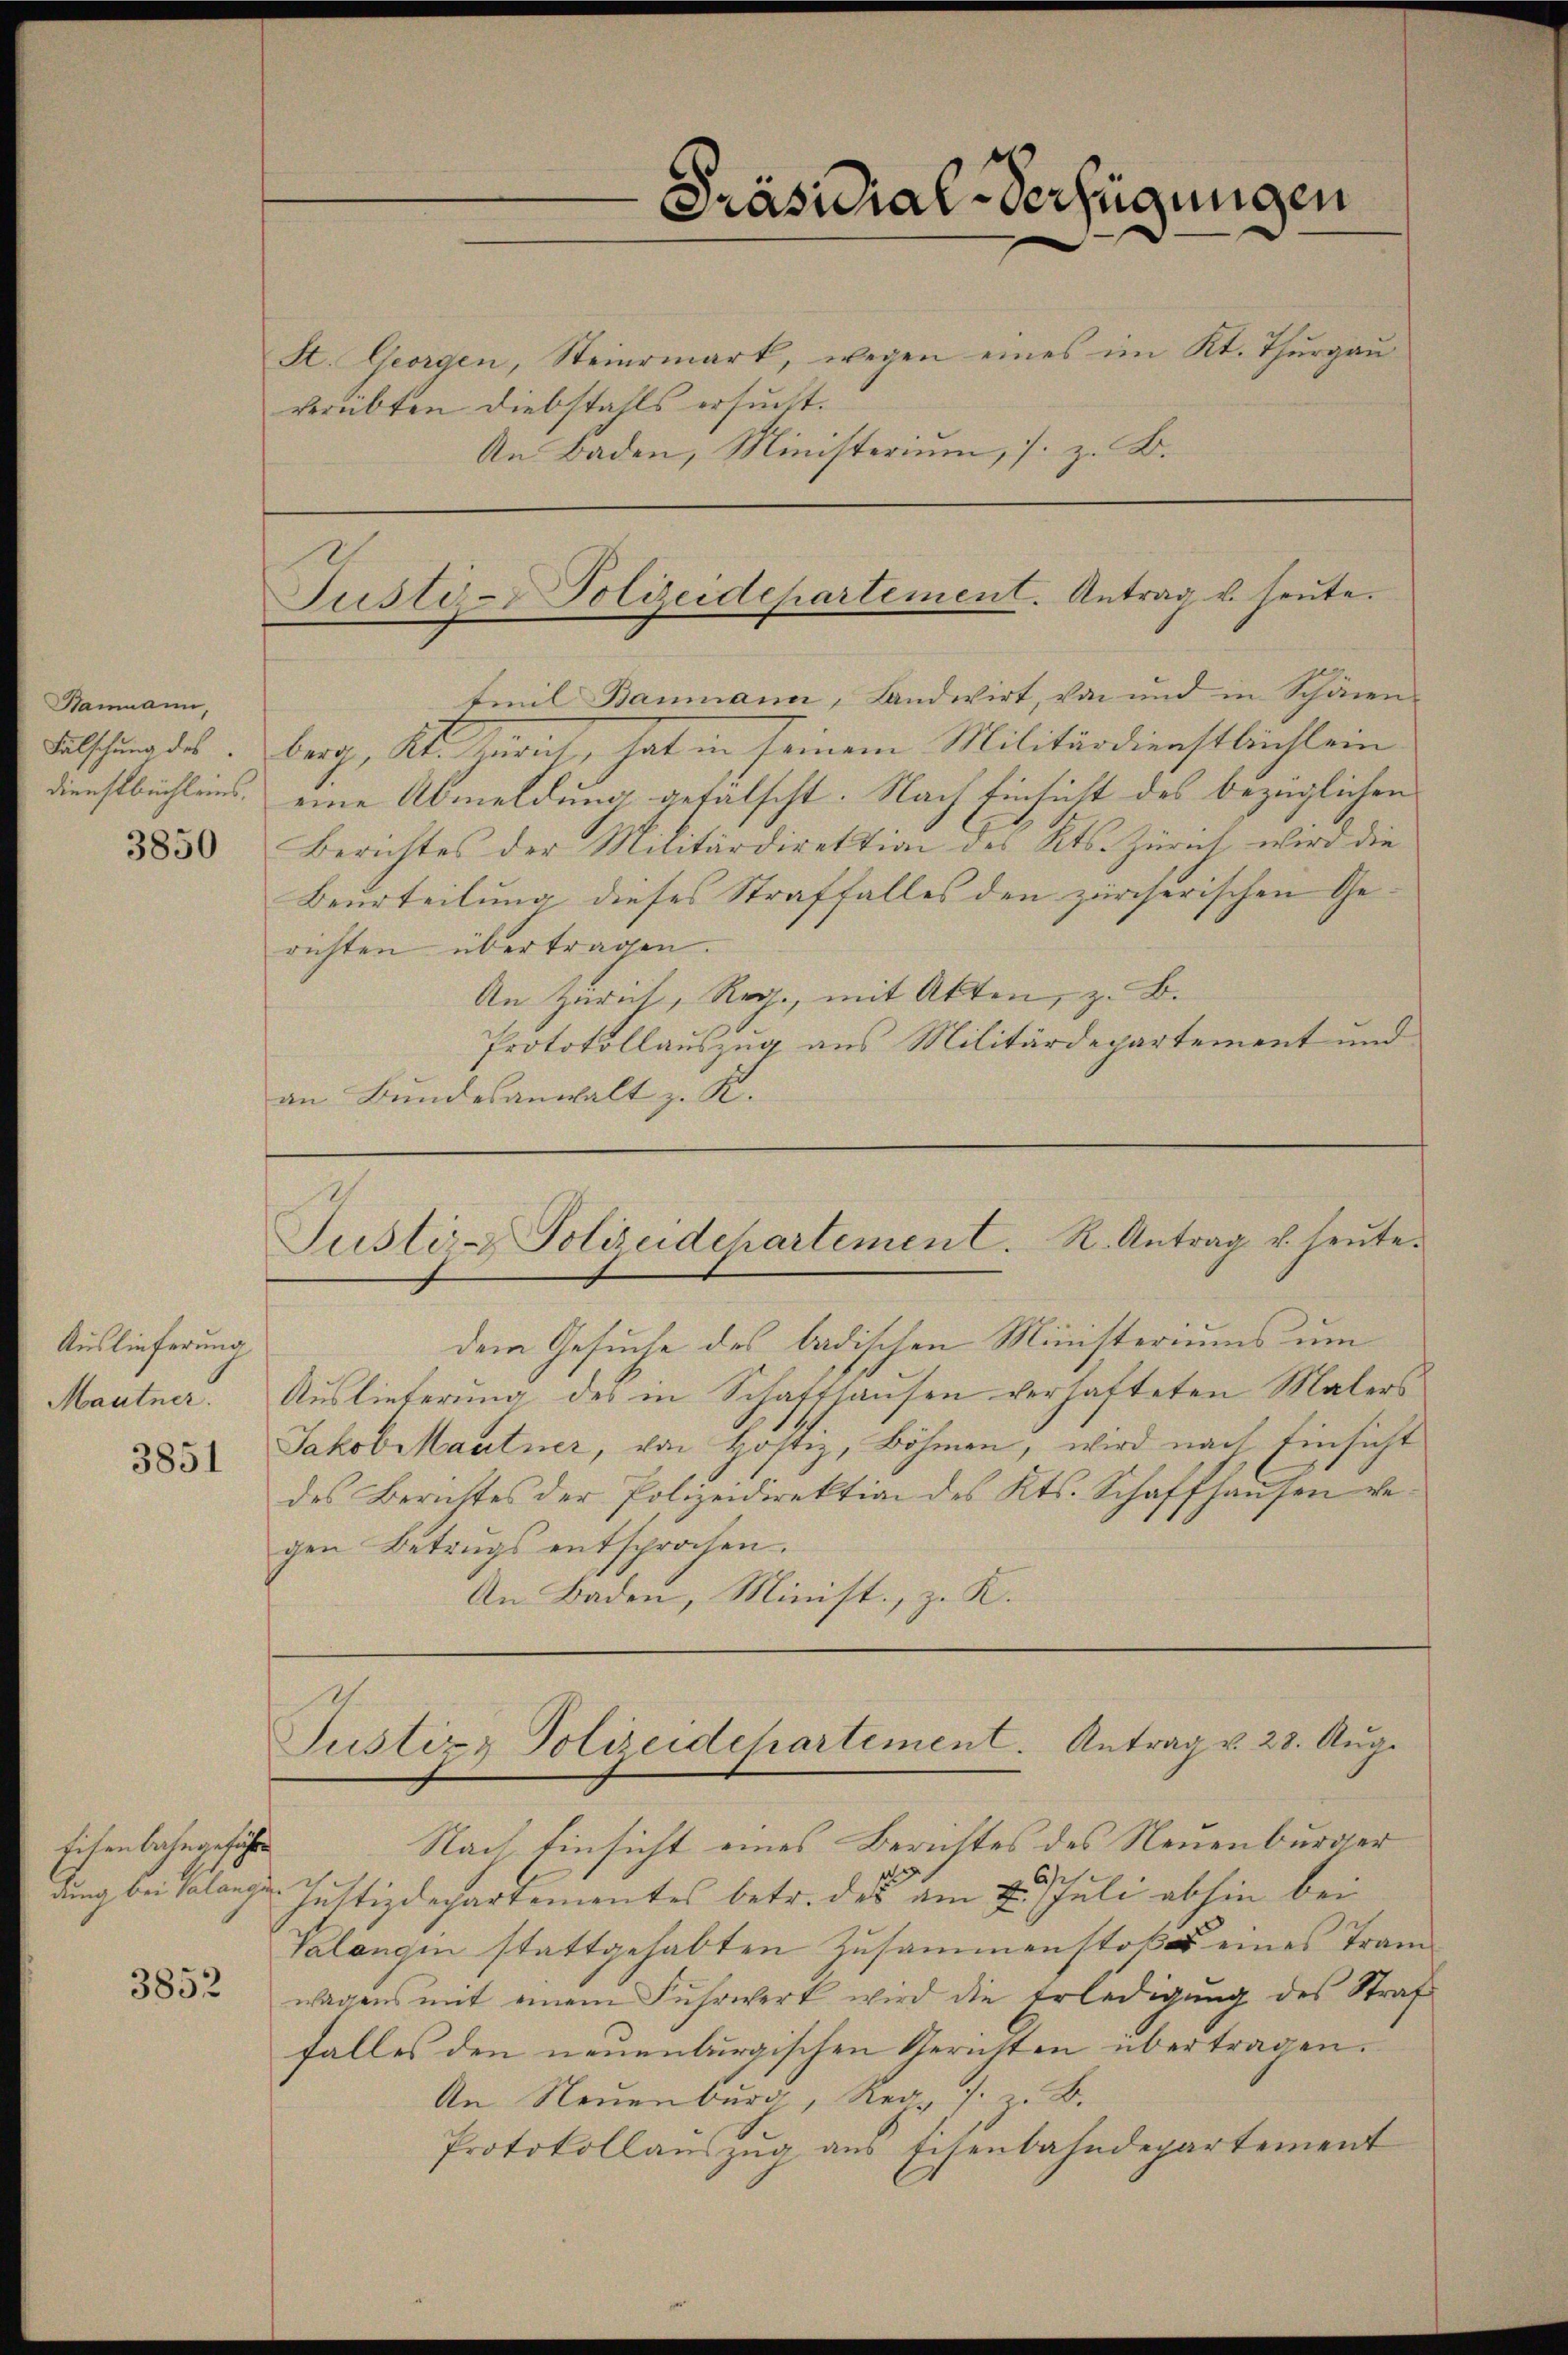
Bammann,
Falschung des
Dienstbüchleins.

3850

Auslieferung
Mautner.

3851

Eichenbahngeführe

3852

St. Georgen, Steiermark, wegen eines im Kt. Thŭrgaŭ
verübten Diebstahls ersucht.
An Baden, Ministerium, s. z. B.

Präsidial-Verfügungen

Justiz- & Polizeidepartement. Antrag u. heute.

Justiz & Polizeidchartement. Antrag v. 28. Aug.

tmil Baumann, Landwirt, von und in Schönen
berg, Kt. Zürich, hat in seinem Militärdienstbüchlein
eine Abmeldung gefälscht. Nach Einsicht des bezüglichen
Berichtes der Militärdirektion des Kts. Zürich wird die
Beurteilung dieses Straffalles den zürcherischen Gerichten übertragen.
An Zürich, Reg., mit Akten, z. B.
Protokollauszug aus Militärdepartement und
an Bundesanwalt z. R.
Justiz- Polizeidehartement. R. Antrag u. heŭte.
dem Gesuche des badischen Ministeriums um
Auslieferung des in Schaffhausen verhafteten Malers
Jakob Martner, von Hostiz, Böhmen, wird nach Einsicht
des Berichtes der Polizeidirektion des Kts. Schaffhausen ver
gen Betrugs entsprochen.
An Baden, Minist, z. R.

Nach Einsicht eines Berichtes des Neuenburger
dung bei Salonzer Justizdepartementes betr. des am 2. Juli abhin bei
Valangin stattgehabten Zusammenstoßes eines Tran
wagens mit einem Fuhrwerk wird die Erledigung des Straf
falles den neuenburgischen Gerichten übertragen.
An Neuenburg, Reg. s. z. B.
Protokollauszug aus Eisenbahndepartement